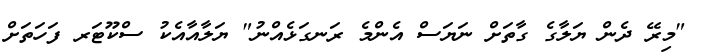
"މިރޭ ދެން ޔަލާގެ ގާތަށް ނަޔަސް އެންމެ ރަނގަޅެއްނު" ޔަލާއާއެކު ސްކޫޓަރ ފަހަތަށް